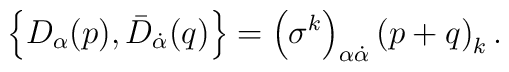
\left\{ D_\alpha (p) , \bar{D}_{\dot{\alpha}} (q) \right\} = \left  ( \sigma^k \right)_{\alpha\dot{\alpha}} \left( p+q \right)_k .